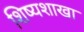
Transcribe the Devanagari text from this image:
शिष्यशाखा